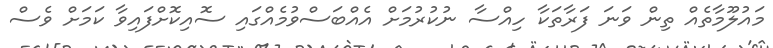
މައުލޫމާތެއް ތިން ވަނަ ފަރާތަކާ ހިއްސާ ނުކުރުމަށް އެއްބަސްވުމެއްގައި ސޮއިކޮށްފައިވާ ކަމަށް ވެސް